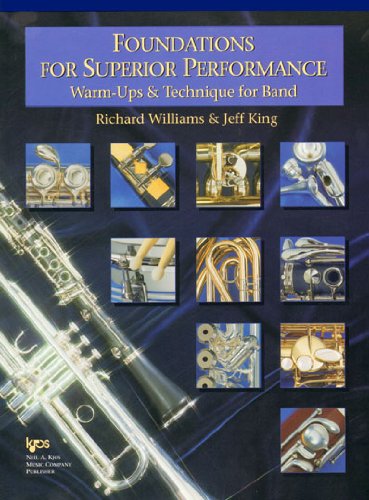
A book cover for W32CL - Foundations for Superior Performance: Warm-ups and Technique for Band : Clarinet; Richard Williams; Teen & Young Adult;